Indian journal of veterinary science and animal husbandry - Volumes 15-17, 1948-1951
Year: 1948
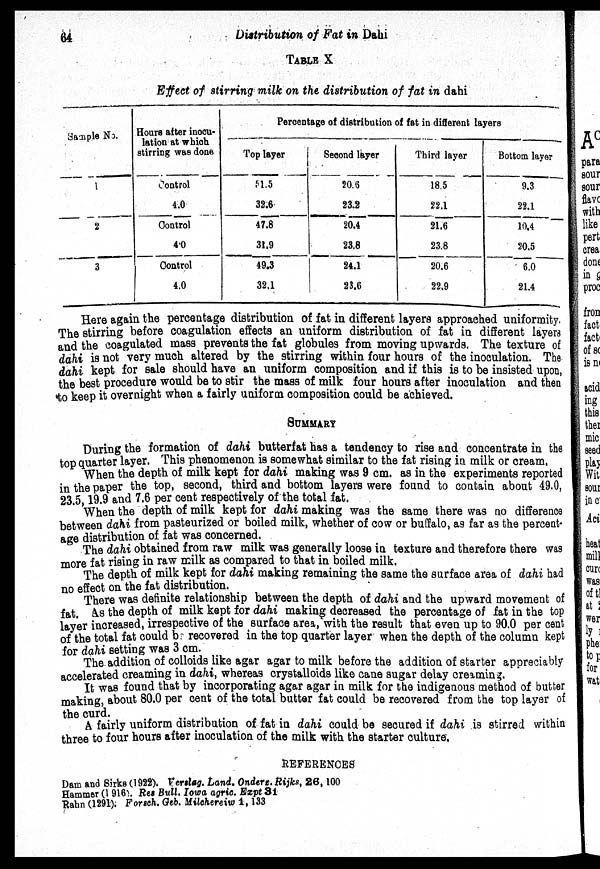
64
Distribution of Fat in Dahi
TABLE X
Effect of stirring milk on the distribution of fat in dahi
Sample No.
1
2
3
Hours after inocu-
lation at which
stirring was done
Control
4.0
Control
4.0
Control
4.0
Percentage of distribution of fat in different layers
Top layer
51.5
32.6
47.8
31.9
49.3
32.1
Second layer
20.6
23.2
20.4
23.8
24.1
23.6
Third layer
18.5
22.1
21.6
23.8
20.6
22.9
Bottom layer
9.3
22.1
10.4
20.5
6.0
21.4
Here again the percentage distribution of fat in different layers approached uniformity.
The stirring before coagulation effects an uniform distribution of fat in different layers
and the coagulated mass prevents the fat globules from moving upwards. The texture of
dahi is not very much altered by the stirring within four hours of the inoculation. The
dahi kept for sale should have an uniform composition and if this is to be insisted upon,
the best procedure would be to stir the mass of milk four hours after inoculation and then
to keep it overnight when a fairly uniform composition could be achieved.
SUMMARY
During the formation of dahi butterfat has a tendency to rise and concentrate in the
top quarter layer. This phenomenon is somewhat similar to the fat rising in milk or cream.
When the depth of milk kept for dahi making was 9 cm. as in the experiments reported
in the paper the top, second, third and bottom layers were found to contain about 49.0,
23.5, 19.9 and 7.6 per cent respectively of the total fat.
When the depth of milk kept for dahi making was the same there was no difference
between dahi from pasteurized or boiled milk, whether of cow or buffalo, as far as the percent-
age distribution of fat was concerned.
The dahi obtained from raw milk was generally loose in texture and therefore there was
more fat rising in raw milk as compared to that in boiled milk.
The depth of milk kept for dahi making remaining the same the surface area of dahi had
no effect on the fat distribution.
There was definite relationship between the depth of dahi and the upward movement of
fat. As the depth of milk kept for dahi making decreased the percentage of fat in the top
layer increased, irrespective of the surface area, with the result that even up to 90.0 per cent
of the total fat could be recovered in the top quarter layer when the depth of the column kept
for dahi setting was 3 cm.
The addition of colloids like agar agar to milk before the addition of starter appreciably
accelerated creaming in dahi, whereas crystalloids like cane sugar delay creaming.
It was found that by incorporating agar agar in milk for the indigenous method of butter
making, about 80.0 per cent of the total butter fat could be recovered from the top layer of
the curd.
A fairly uniform distribution of fat in dahi could be secured if dahi is stirred within
three to four hours after inoculation of the milk with the starter culture.
REFERENCES
Dam and Sirks (1922). Verslag. Land. Onderz. Rijks, 26, 100
Hammer (1916). Res Bull. Iowa agric. Expt 31
Rahn (1291). Forsch. Geb. Milchereiw 1, 133